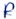
Text: R